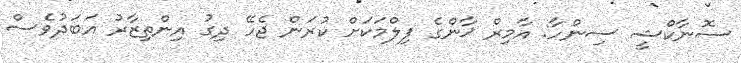
ސޮނާކްޝީ ސިންހާ: އާމިރް ޚާންގެ ފިލްމަކަށް ކުރަން ޖެހޭ ދިގު އިންތިޒާރު އަބަދުވެސް